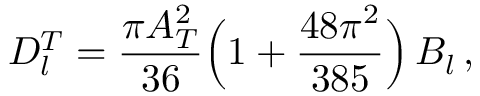
D _ { l } ^ { T } = { \frac { \pi A _ { T } ^ { 2 } } { 3 6 } } \Big ( 1 + { \frac { 4 8 \pi ^ { 2 } } { 3 8 5 } } \Big ) \, B _ { l } \, ,